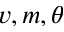
v , m , \theta